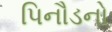
પિનૌડનો